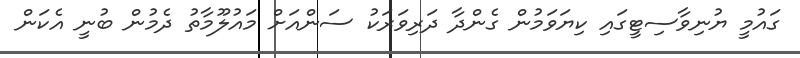
ގައުމީ ޔުނިވާސިޓީގައި ކިޔަވަމުން ގެންދާ ދަރިވަރަކު ސަންއަށް މައުލޫމާތު ދެމުން ބުނީ އެކަން